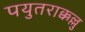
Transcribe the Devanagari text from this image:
पयुतराक्कल्लु